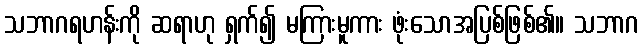
သဘာဂရဟန်းကို ဆရာဟု ရှက်၍ မကြားမူကား ဖုံးသောအပြစ်ဖြစ်၏။ သဘာဂ